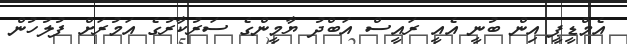
އެމްޑީޕީ އިން ބުނީ އެއީ ރައީސް އަބްދު ޔާމީންގެ ސަރުކާރުގެ އަމުރަށް ފުލުހުން